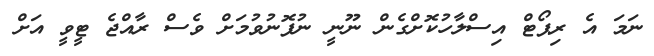
ނަމަ އެ ރިޕޯޓް އިސްލާހުކޮށްގެން ނޫނީ ނުފޮނުވުމަށް ވެސް ރާއްޖެ ޓީވީ އަށް